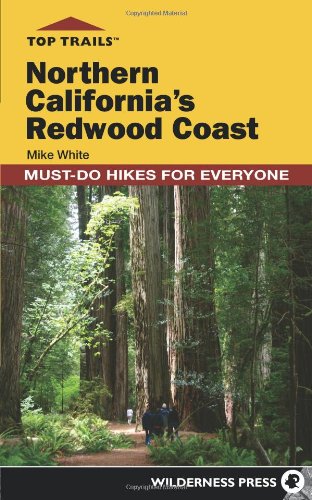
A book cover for Top Trails: Northern California's Redwood Coast: Must-Do Hikes for Everyone; Mike White; Health, Fitness & Dieting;